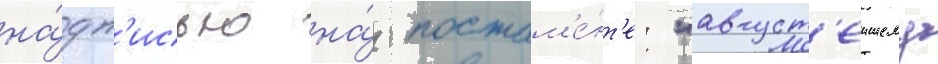
на́дп'исью на́ постам'е́нт'е: "август'еишему